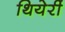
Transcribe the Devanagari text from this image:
थियेर्री